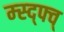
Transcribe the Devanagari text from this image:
म्स्द्फ्व्